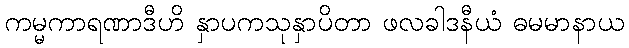
ကမ္မကာရဏာဒီဟိ နှာပကသုနှာပိတာ ဖလခါဒနီယံ ဓမမာနာယ